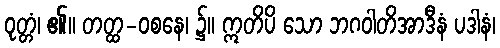
ဝုတ္တံ၊ ၏။ တတ္ထ-ဝစနေ၊ ၌။ ဣတိပိ သော ဘဂဝါတိအာဒီနံ ပဒါနံ၊